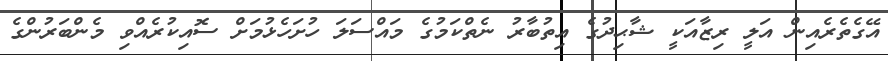
އޭގެތެރެއިން އަލީ ރިޒާއަކީ ޝާޙިދުގެ އިތުބާރު ނެތްކަމުގެ މައްސަލަ ހުށަހެޅުމަށް ސޮއިކުރެއްވި މެންބަރުންގެ